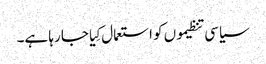
سیاسی تنظیموں کو استعمال کِیا جا رہا ہے۔